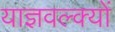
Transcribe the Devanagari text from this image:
याज्ञवल्क्यों